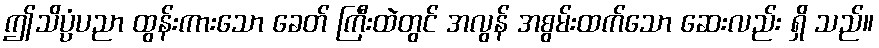
ဤသိပ္ပံပညာ ထွန်းကားသော ခေတ် ကြီးထဲတွင် အလွန် အစွမ်းထက်သော ဆေးလည်း ရှိ သည်။